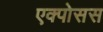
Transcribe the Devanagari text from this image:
एक्पोसस